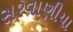
સરવાણીયા